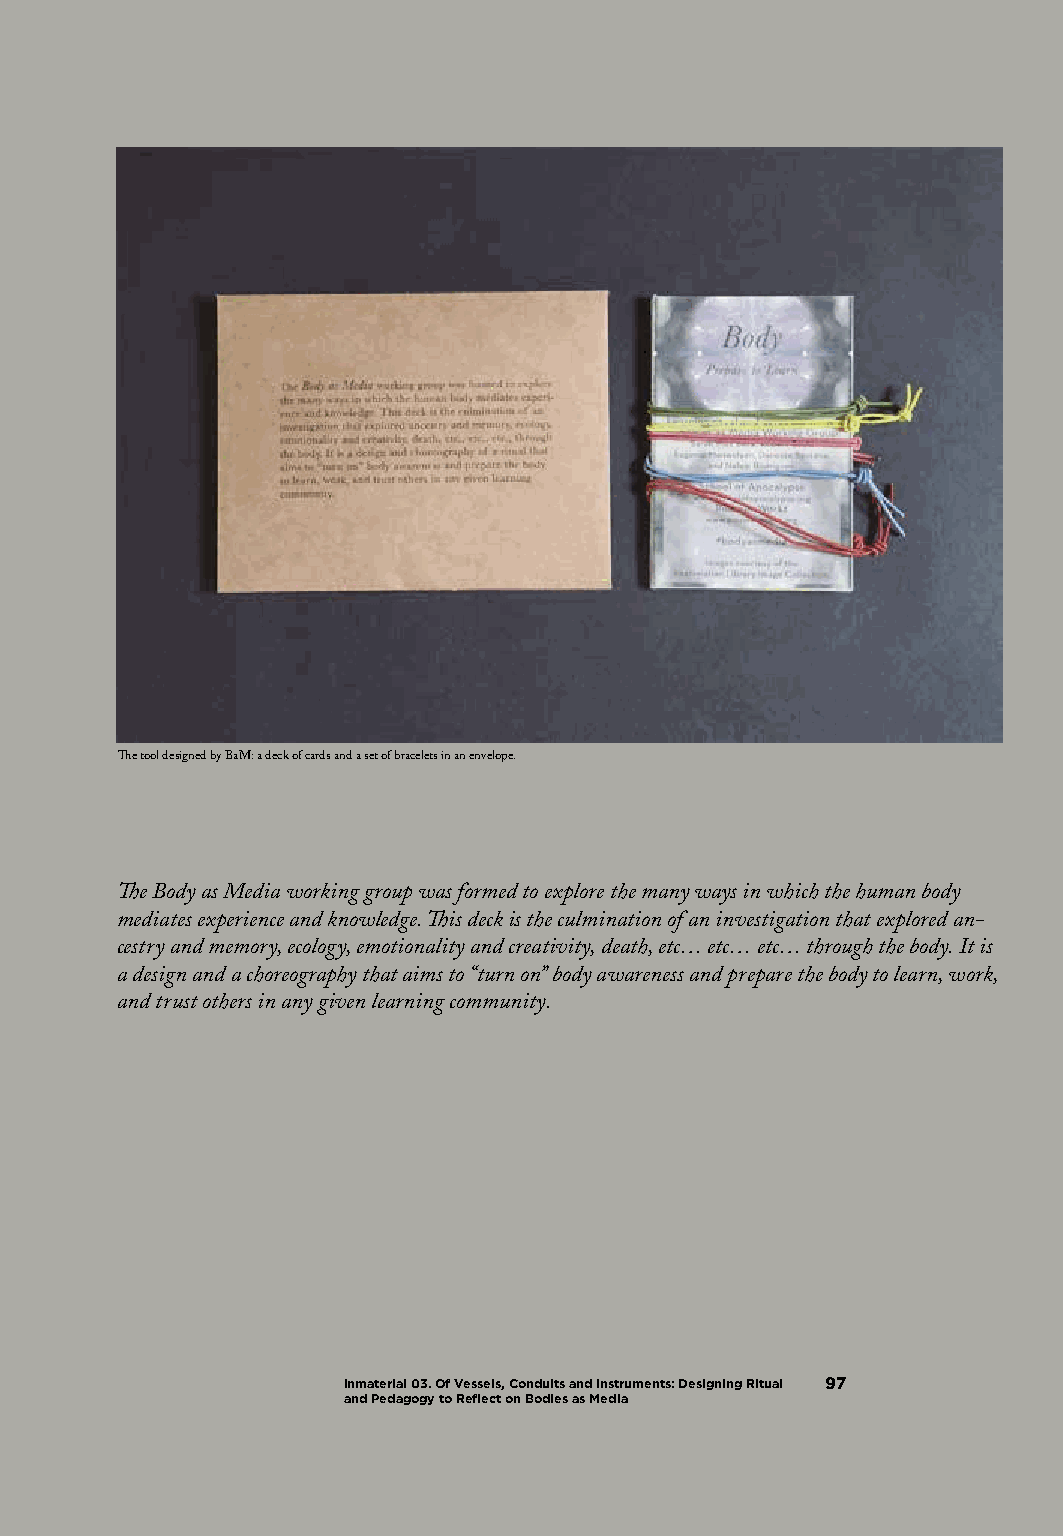
The tool designed by BaM: a deck of cards and a set of bracelets in an envelope.
 The Body as Media working group was formed to explore the many ways in which the human body
 mediates experience and knowledge. This deck is the culmination of an investigation that explored an-
 cestry and memory, ecology, emotionality and creativity, death, etc… etc… etc… through the body. It is
 a design and a choreography that aims to “turn on” body awareness and prepare the body to learn, work,
 and trust others in any given learning community.
 Inmaterial 03. Of Vessels, Conduits and Instruments: Designing Ritual 97
 and Pedagogy to Reflect on Bodies as Media